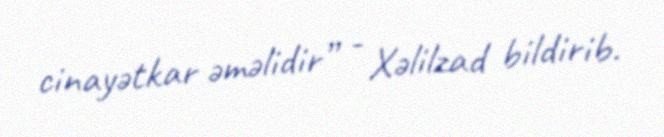
cinayətkar əməlidir” - Xəlilzad bildirib.